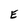
Character: E